Annual statistical returns and brief notes on vaccination in Bengal - 1896-1909
Year: 1896
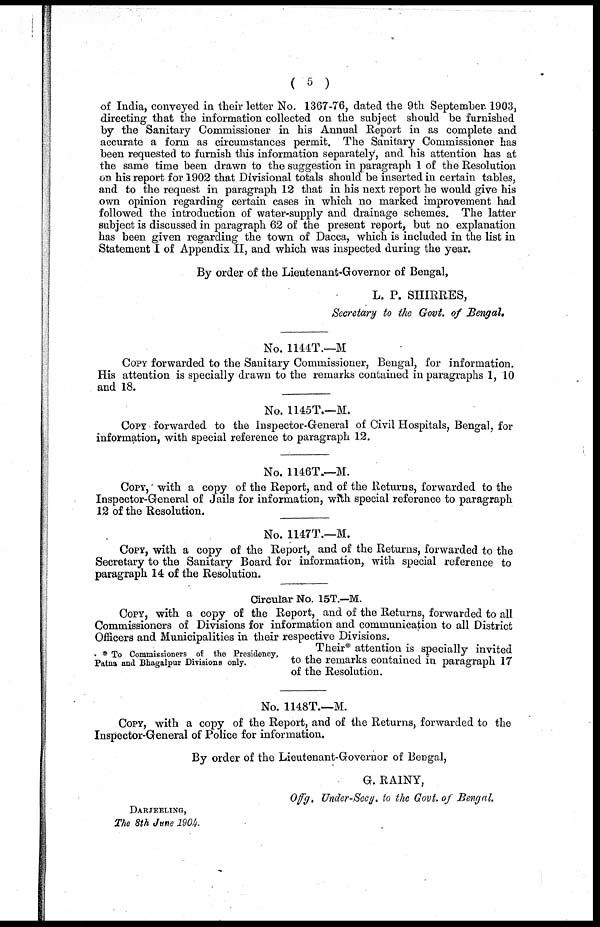
( 5 )
of India, conveyed in their letter No. 1367-76, dated the 9th September. 1903,
directing that the information collected on the subject should be furnished
by the Sanitary Commissioner in his Annual Report in as complete and
accurate a form as circumstances permit. The Sanitary Commissioner has
been requested to furnish this information separately, and his attention has at
the same time been drawn to the suggestion in paragraph 1 of the Resolution
on his report for 1902 that Divisional totals should be inserted in certain tables,
and to the request in paragraph 12 that in his next report he would give his
own opinion regarding certain cases in which no marked improvement had
followed the introduction of water-supply and drainage schemes. The latter
subject is discussed in paragraph 62 of the present report, but no explanation
has been given regarding the town of Dacca, which is included in the list in
Statement I of Appendix II, and which was inspected during the year.
By order of the Lieutenant-Governor of Bengal,
L. P. SHIRRES,
Secretary to the Govt. of Bengal.
No. 1144T.—M
COPY forwarded to the Sanitary Commissioner, Bengal, for information.
His attention is specially drawn to the remarks contained in paragraphs 1, 10
and 18.
No. 1145T.—M.
COPY forwarded to the Inspector-General of Civil Hospitals, Bengal, for
information, with special reference to paragraph 12.
No. 1146T.—M.
COPY, with a copy of the Report, and of the Returns, forwarded to the
Inspector-General of Jails for information, with special reference to paragraph
12 of the Resolution.
No. 1147T.—M.
COPY, with a copy of the Report, and of the Returns, forwarded to the
Secretary to the Sanitary Board for information, with special reference to
paragraph 14 of the Resolution.
Circular No. 15T.—M.
COPY, with a copy of the Report, and of the Returns, forwarded to all
Commissioners of Divisions for information and communication to all District
Officers and Municipalities in their respective Divisions.
* To Commissioners of the Presidency,
Patna and Bhagalpur Divisions only.
Their* attention is specially invited
to the remarks contained in paragraph 17
of the Resolution.
No. 1148T.—M.
COPY, with a copy of the Report, and of the Returns, forwarded to the
Inspector-General of Police for information.
By order of the Lieutenant-Governor of Bengal,
G. RAINY,
Offg, Under-Secy. to the Govt. of Bengal.
DARJEELING,
The 8th June 1904.